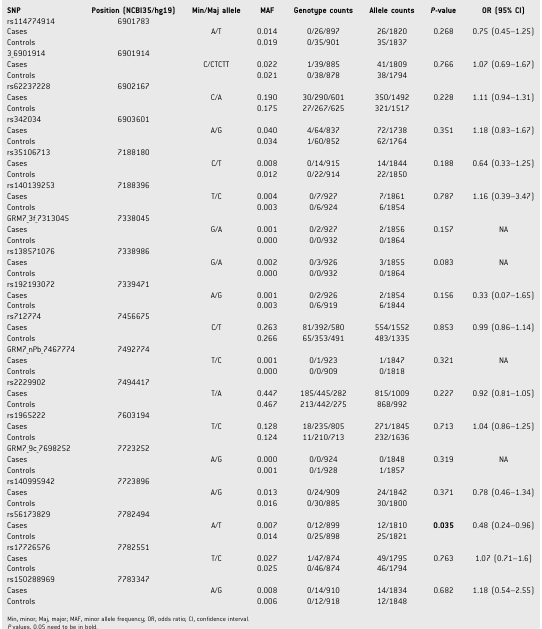
<table><thead><tr><td><b>SNP</b></td><td><b>Position (NCBI35/hg19)</b></td><td><b>Min/Maj allele</b></td><td><b>MAF</b></td><td><b>Genotype counts</b></td><td><b>Allele counts</b></td><td><b><i>P</i>-value</b></td><td><b>OR (95% CI)</b></td></tr></thead><tbody><tr><td>rs114774914</td><td>6901783</td><td></td><td></td><td></td><td></td><td></td><td></td></tr><tr><td>Cases</td><td></td><td>A/T</td><td>0.014</td><td>0/26/897</td><td>26/1820</td><td>0.268</td><td>0.75 (0.45–1.25)</td></tr><tr><td>Controls</td><td></td><td></td><td>0.019</td><td>0/35/901</td><td>35/1837</td><td></td><td></td></tr><tr><td>3_6901914</td><td>6901914</td><td></td><td></td><td></td><td></td><td></td><td></td></tr><tr><td>Cases</td><td></td><td>C/CTCTT</td><td>0.022</td><td>1/39/885</td><td>41/1809</td><td>0.766</td><td>1.07 (0.69–1.67)</td></tr><tr><td>Controls</td><td></td><td></td><td>0.021</td><td>0/38/878</td><td>38/1794</td><td></td><td></td></tr><tr><td>rs62237228</td><td>6902167</td><td></td><td></td><td></td><td></td><td></td><td></td></tr><tr><td>Cases</td><td></td><td>C/A</td><td>0.190</td><td>30/290/601</td><td>350/1492</td><td>0.228</td><td>1.11 (0.94–1.31)</td></tr><tr><td>Controls</td><td></td><td></td><td>0.175</td><td>27/267/625</td><td>321/1517</td><td></td><td></td></tr><tr><td>rs342034</td><td>6903601</td><td></td><td></td><td></td><td></td><td></td><td></td></tr><tr><td>Cases</td><td></td><td>A/G</td><td>0.040</td><td>4/64/837</td><td>72/1738</td><td>0.351</td><td>1.18 (0.83–1.67)</td></tr><tr><td>Controls</td><td></td><td></td><td>0.034</td><td>1/60/852</td><td>62/1764</td><td></td><td></td></tr><tr><td>rs35106713</td><td>7188180</td><td></td><td></td><td></td><td></td><td></td><td></td></tr><tr><td>Cases</td><td></td><td>C/T</td><td>0.008</td><td>0/14/915</td><td>14/1844</td><td>0.188</td><td>0.64 (0.33–1.25)</td></tr><tr><td>Controls</td><td></td><td></td><td>0.012</td><td>0/22/914</td><td>22/1850</td><td></td><td></td></tr><tr><td>rs140139253</td><td>7188396</td><td></td><td></td><td></td><td></td><td></td><td></td></tr><tr><td>Cases</td><td></td><td>T/C</td><td>0.004</td><td>0/7/927</td><td>7/1861</td><td>0.787</td><td>1.16 (0.39–3.47)</td></tr><tr><td>Controls</td><td></td><td></td><td>0.003</td><td>0/6/924</td><td>6/1854</td><td></td><td></td></tr><tr><td>GRM7_3f_7313045</td><td>7338045</td><td></td><td></td><td></td><td></td><td></td><td></td></tr><tr><td>Cases</td><td></td><td>G/A</td><td>0.001</td><td>0/2/927</td><td>2/1856</td><td>0.157</td><td>NA</td></tr><tr><td>Controls</td><td></td><td></td><td>0.000</td><td>0/0/932</td><td>0/1864</td><td></td><td></td></tr><tr><td>rs138571076</td><td>7338986</td><td></td><td></td><td></td><td></td><td></td><td></td></tr><tr><td>Cases</td><td></td><td>G/A</td><td>0.002</td><td>0/3/926</td><td>3/1855</td><td>0.083</td><td>NA</td></tr><tr><td>Controls</td><td></td><td></td><td>0.000</td><td>0/0/932</td><td>0/1864</td><td></td><td></td></tr><tr><td>rs192193072</td><td>7339471</td><td></td><td></td><td></td><td></td><td></td><td></td></tr><tr><td>Cases</td><td></td><td>A/G</td><td>0.001</td><td>0/2/926</td><td>2/1854</td><td>0.156</td><td>0.33 (0.07–1.65)</td></tr><tr><td>Controls</td><td></td><td></td><td>0.003</td><td>0/6/919</td><td>6/1844</td><td></td><td></td></tr><tr><td>rs712774</td><td>7456675</td><td></td><td></td><td></td><td></td><td></td><td></td></tr><tr><td>Cases</td><td></td><td>C/T</td><td>0.263</td><td>81/392/580</td><td>554/1552</td><td>0.853</td><td>0.99 (0.86–1.14)</td></tr><tr><td>Controls</td><td></td><td></td><td>0.266</td><td>65/353/491</td><td>483/1335</td><td></td><td></td></tr><tr><td>GRM7_nPb_7467774</td><td>7492774</td><td></td><td></td><td></td><td></td><td></td><td></td></tr><tr><td>Cases</td><td></td><td>T/C</td><td>0.001</td><td>0/1/923</td><td>1/1847</td><td>0.321</td><td>NA</td></tr><tr><td>Controls</td><td></td><td></td><td>0.000</td><td>0/0/909</td><td>0/1818</td><td></td><td></td></tr><tr><td>rs2229902</td><td>7494417</td><td></td><td></td><td></td><td></td><td></td><td></td></tr><tr><td>Cases</td><td></td><td>T/A</td><td>0.447</td><td>185/445/282</td><td>815/1009</td><td>0.227</td><td>0.92 (0.81–1.05)</td></tr><tr><td>Controls</td><td></td><td></td><td>0.467</td><td>213/442/275</td><td>868/992</td><td></td><td></td></tr><tr><td>rs1965222</td><td>7603194</td><td></td><td></td><td></td><td></td><td></td><td></td></tr><tr><td>Cases</td><td></td><td>T/C</td><td>0.128</td><td>18/235/805</td><td>271/1845</td><td>0.713</td><td>1.04 (0.86–1.25)</td></tr><tr><td>Controls</td><td></td><td></td><td>0.124</td><td>11/210/713</td><td>232/1636</td><td></td><td></td></tr><tr><td>GRM7_9c_7698252</td><td>7723252</td><td></td><td></td><td></td><td></td><td></td><td></td></tr><tr><td>Cases</td><td></td><td>A/G</td><td>0.000</td><td>0/0/924</td><td>0/1848</td><td>0.319</td><td>NA</td></tr><tr><td>Controls</td><td></td><td></td><td>0.001</td><td>0/1/928</td><td>1/1857</td><td></td><td></td></tr><tr><td>rs140995942</td><td>7723896</td><td></td><td></td><td></td><td></td><td></td><td></td></tr><tr><td>Cases</td><td></td><td>A/G</td><td>0.013</td><td>0/24/909</td><td>24/1842</td><td>0.371</td><td>0.78 (0.46–1.34)</td></tr><tr><td>Controls</td><td></td><td></td><td>0.016</td><td>0/30/885</td><td>30/1800</td><td></td><td></td></tr><tr><td>rs56173829</td><td>7782494</td><td></td><td></td><td></td><td></td><td></td><td></td></tr><tr><td>Cases</td><td></td><td>A/T</td><td>0.007</td><td>0/12/899</td><td>12/1810</td><td><b>0.035</b></td><td>0.48 (0.24–0.96)</td></tr><tr><td>Controls</td><td></td><td></td><td>0.014</td><td>0/25/898</td><td>25/1821</td><td></td><td></td></tr><tr><td>rs17726576</td><td>7782551</td><td></td><td></td><td></td><td></td><td></td><td></td></tr><tr><td>Cases</td><td></td><td>T/C</td><td>0.027</td><td>1/47/874</td><td>49/1795</td><td>0.763</td><td>1.07 (0.71–1.6)</td></tr><tr><td>Controls</td><td></td><td></td><td>0.025</td><td>0/46/874</td><td>46/1794</td><td></td><td></td></tr><tr><td>rs150288969</td><td>7783347</td><td></td><td></td><td></td><td></td><td></td><td></td></tr><tr><td>Cases</td><td></td><td>A/G</td><td>0.008</td><td>0/14/910</td><td>14/1834</td><td>0.682</td><td>1.18 (0.54–2.55)</td></tr><tr><td>Controls</td><td></td><td></td><td>0.006</td><td>0/12/918</td><td>12/1848</td><td></td><td></td></tr></tbody></table>